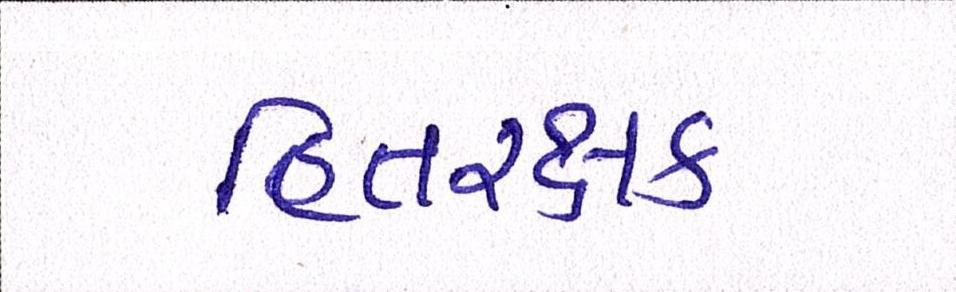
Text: હિતરક્ષક